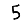
Digit: 5